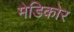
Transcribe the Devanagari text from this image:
मेडिकोर